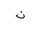
Letter: _non